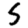
Digit: 5